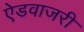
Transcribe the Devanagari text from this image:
ऐडवाजरी